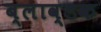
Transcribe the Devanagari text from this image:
ब्लाव्डक